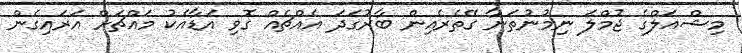
މިޝްއަލްގެ ޖުމްލަ ނިމުނުތަނާ ގޭތެރެއިން ބާރުގަދަ އެއްޗެއް ގޮވި އަޑާއެކު މައްޗަށް އަރައިގެން